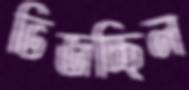
ভিজচ্ছিল